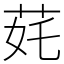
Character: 䒲